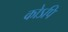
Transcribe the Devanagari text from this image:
कोऽपि